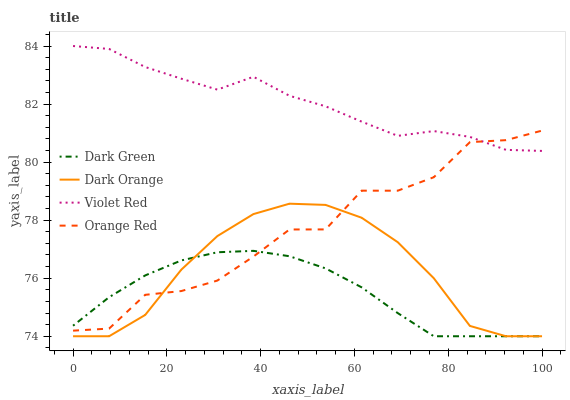
| xaxis_label | Dark Green | Dark Orange | Violet Red | Orange Red |
 | --- | --- | --- | --- | --- |
 | 0 | 74.4 | 74 | 84 | 74.2 |
 | 7.69 | 75.3 | 74 | 83.9 | 74.3 |
 | 15.4 | 76.1 | 74.7 | 83.3 | 75.4 |
 | 23.1 | 76.6 | 76.3 | 82.9 | 75.6 |
 | 30.8 | 76.9 | 77.5 | 82.5 | 75.9 |
 | 38.5 | 76.9 | 78.2 | 82.9 | 76.7 |
 | 46.2 | 76.8 | 78.6 | 82.3 | 77.7 |
 | 53.8 | 76.3 | 78.5 | 81.9 | 77.7 |
 | 61.5 | 75.7 | 78.1 | 81.4 | 79 |
 | 69.2 | 74.8 | 77.2 | 80.9 | 79 |
 | 76.9 | 74 | 76 | 81.1 | 79.5 |
 | 84.6 | 74 | 74.4 | 80.9 | 80.7 |
 | 92.3 | 74 | 74 | 80.4 | 80.8 |
 | 100 | 74 | 74 | 80.4 | 81.1 |